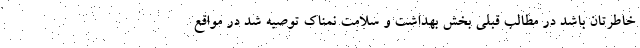
خاطرتان باشد در مطالب قبلی بخش بهداشت و سلامت نمناک توصیه شد در مواقع